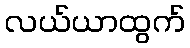
လယ်ယာထွက်